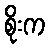
စိုးက